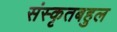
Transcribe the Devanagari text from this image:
संस्कृतबहुल